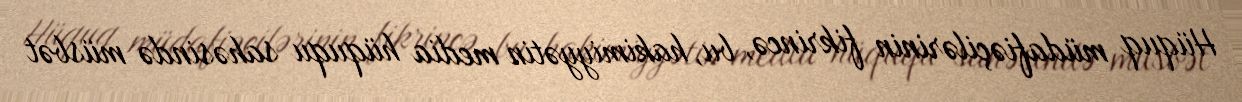
Hüquq müdafiəçilərinin fikrincə, bu, hakimiyyətin media hüququ sahəsində müsbət